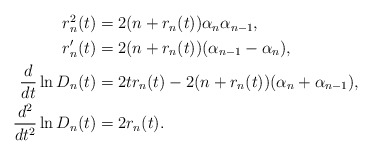
\begin{align*}\begin{aligned}r_n^2(t)&=2(n+r_n(t))\alpha_n\alpha_{n-1},\\r_n'(t)&=2(n+r_n(t))(\alpha_{n-1}-\alpha_n),\\\frac{d}{dt}\ln D_n(t)&=2tr_n(t)-2(n+r_n(t))(\alpha_n+\alpha_{n-1}),\\\frac{d^2}{dt^2}\ln D_n(t)&=2r_n(t).\end{aligned}\end{align*}